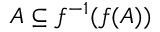
A \subseteq f ^ { - 1 } ( f ( A ) )